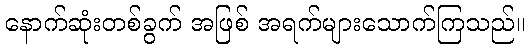
နောက်ဆုံးတစ်ခွက် အဖြစ် အရက်များသောက်ကြသည်။